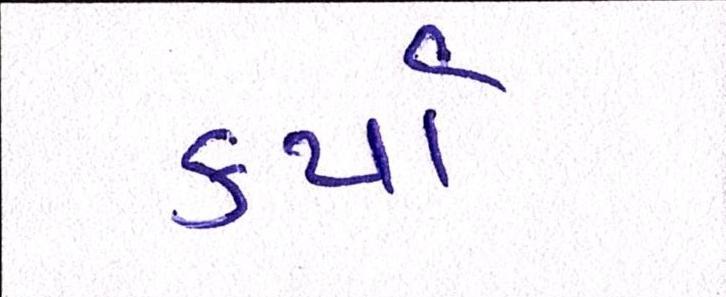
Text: કર્યાં